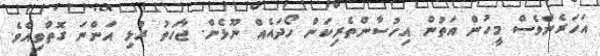
އަހަރެންވެސް މީހުން އަތުން އިހުސާންތެރިކަން ހޯދައެއް ނޫޅެން. ޖާހަތު ރުޅި އަންނަ ގޮތްވިއެވެ.